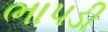
ભાપડી